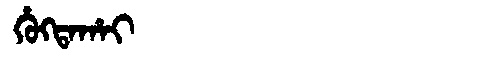
Manchu: ᡥᡠᡴᡨᠠᡥᠠᡳ
Romanization: HUKTAHAI